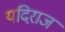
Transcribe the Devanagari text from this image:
यदिराज